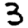
Digit: 3